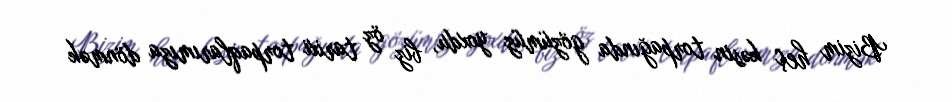
Bizim heç kəsin torpağında gözümüz yoxdu, biz öz tarixi torpaqlarımıza dönmək